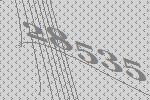
28535